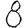
Digit: 8